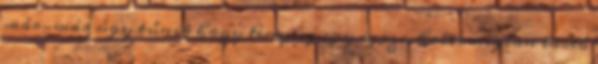
már-már úgy tűnik hogy tényleg egy igazi, holtomiglan tartó